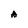
Character: A